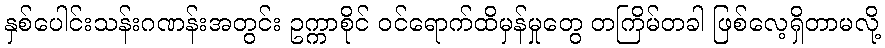
နှစ်ပေါင်းသန်းဂဏန်းအတွင်း ဥက္ကာစိုင် ဝင်ရောက်ထိမှန်မှုတွေ တကြိမ်တခါ ဖြစ်လေ့ရှိတာမလို့